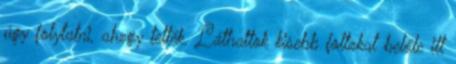
úgy folytatni, ahogy tették. Láthattok kisebb foltokat belőle itt